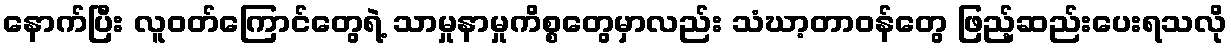
နောက်ပြီး လူဝတ်ကြောင်တွေရဲ့ သာမှုနာမှုကိစ္စတွေမှာလည်း သံဃာ့တာဝန်တွေ ဖြည့်ဆည်းပေးရသလို